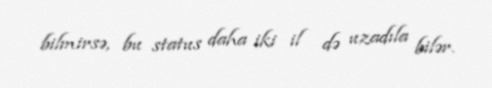
bilmirsə, bu status daha iki il də uzadıla bilər.